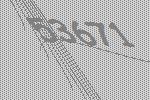
53671